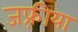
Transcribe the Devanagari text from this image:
जफ़्रीया